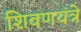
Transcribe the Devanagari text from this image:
शिवणयंत्रे